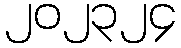
၂၀၂၃၂၄